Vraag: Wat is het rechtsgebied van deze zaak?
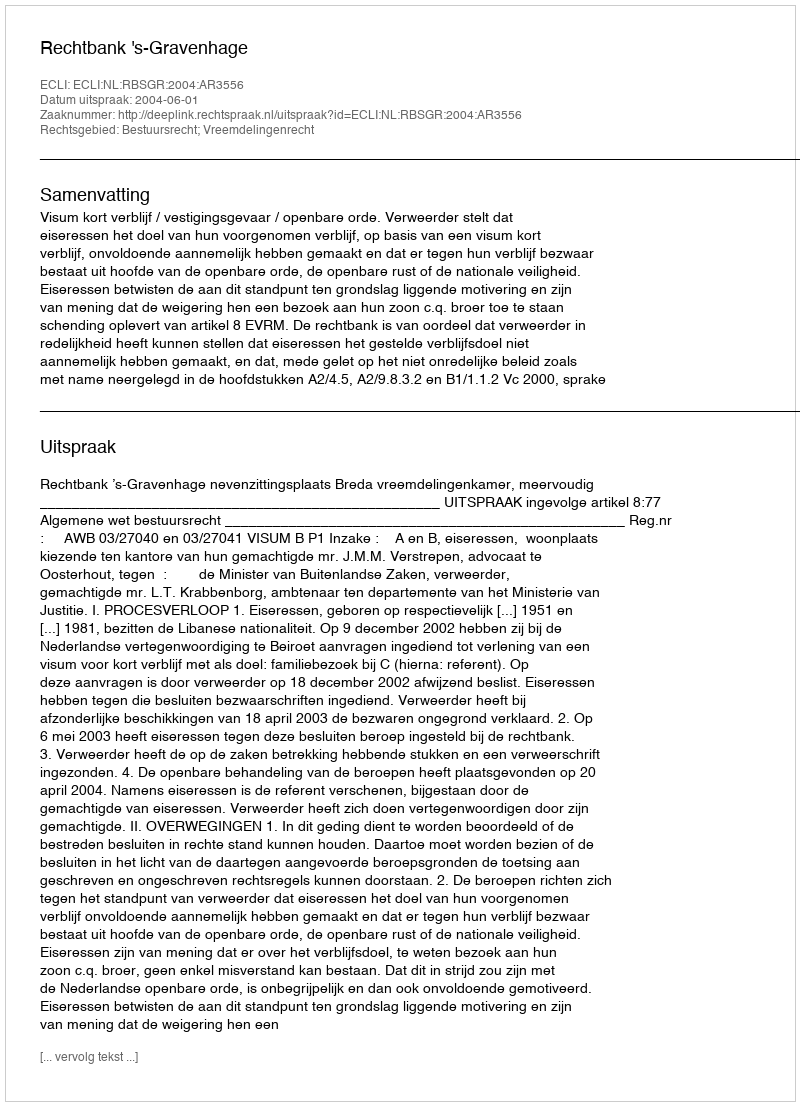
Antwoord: Bestuursrecht; Vreemdelingenrecht